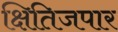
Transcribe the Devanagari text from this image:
क्षितिजपार